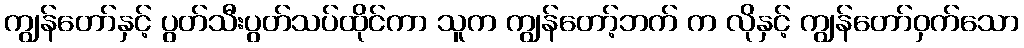
ကျွန်တော်နှင့် ပွတ်သီးပွတ်သပ်ထိုင်ကာ သူက ကျွန်တော့်ဘက် က လိုနှင့် ကျွန်တော်ဝှက်သော